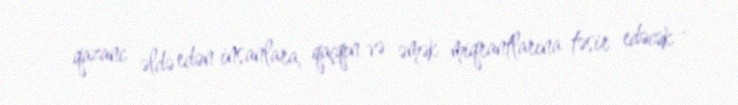
qazanc əldə edən insanlara, qaçqın və əmək miqrantlarına təsir edəcək .